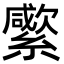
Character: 䌠